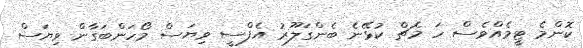
ކޮންމެ ޓީމެއްވެސް ހަ މެޗް ކުޅޭނެ ބެންގަލޫރު އެފްސީ ވިޔަސް މޯހަންބަގާން ވިޔަސް